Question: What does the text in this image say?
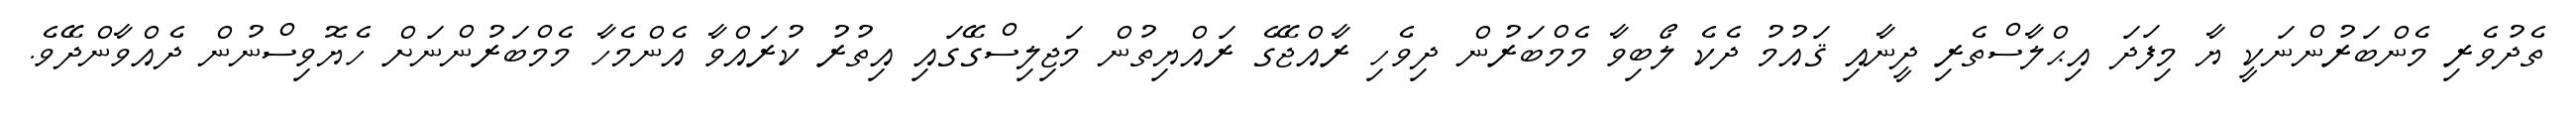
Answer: ތެދުވެރި މެންބަރުންނަކީ ޔާ މިފަދަ އިޙްލާސްތެރި ދީނާއި ޤައުމު ދެކެ ލޯބިވާ މެމްބަރުން ދިވެހި ރާއްޖޭގެ ރައްޔިތުން މަޖިލިސްގޭގައި އިތުރު ކުރައްވާ އެންމެހާ މެމްބަރުންނަށް ހެޔޮވިސްނުން ދެއްވާންދޭވެ.